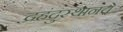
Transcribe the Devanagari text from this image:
द्रहंदुस्थानचे